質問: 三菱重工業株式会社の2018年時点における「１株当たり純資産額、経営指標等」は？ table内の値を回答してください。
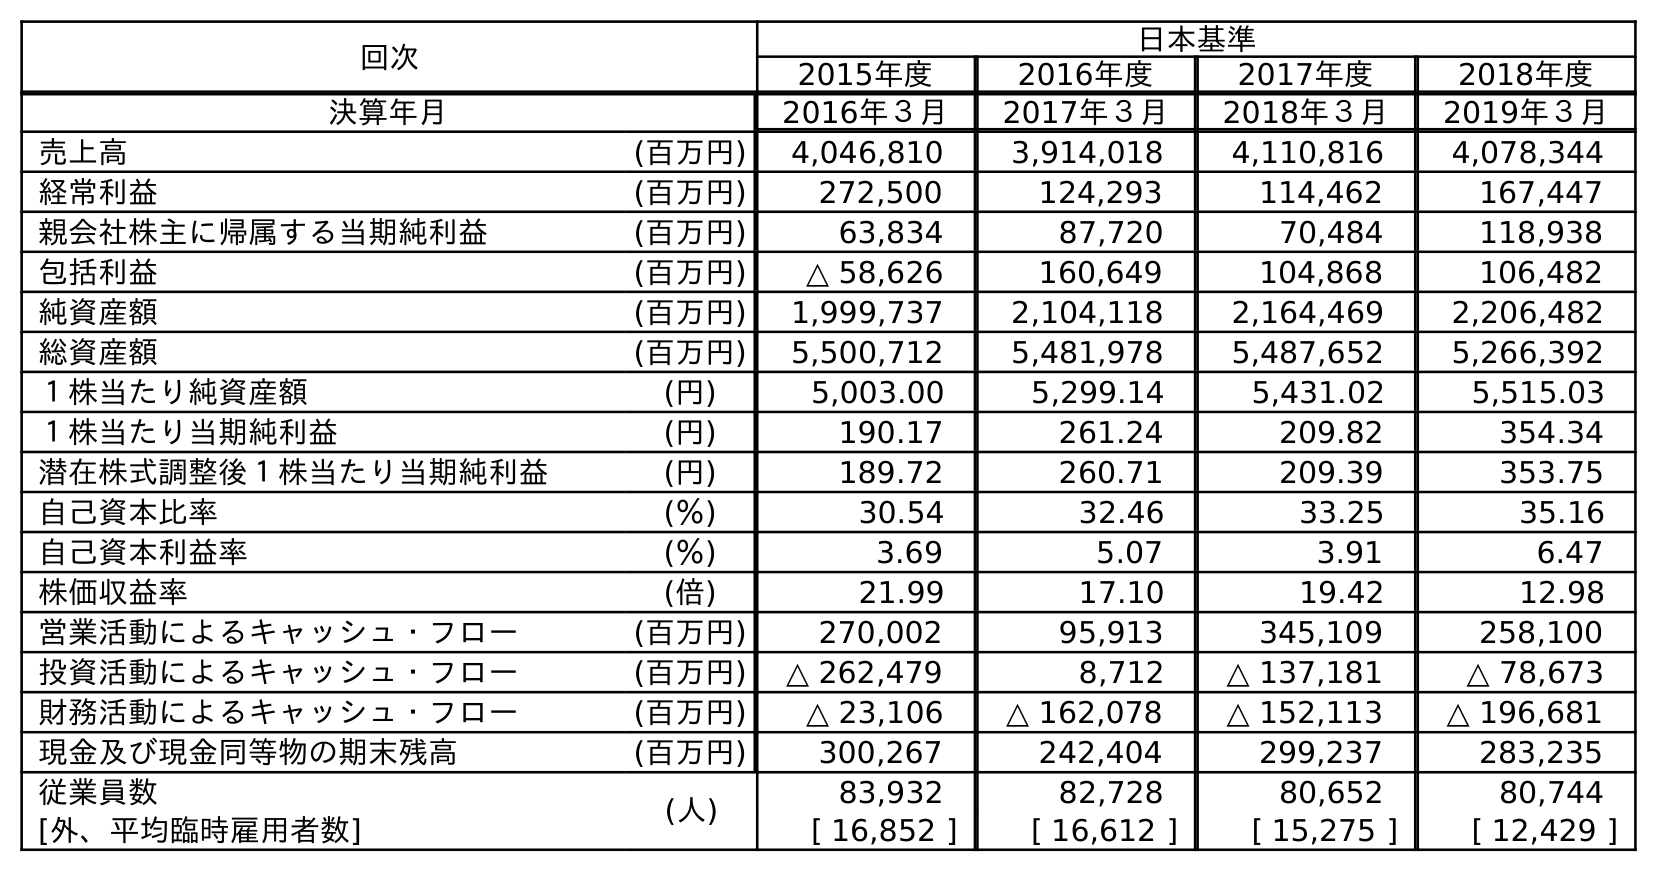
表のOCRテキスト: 回次 日本基準 2015年度 2016年度 2017年度 2018年度 決算年月 2016年３月 2017年３月 2018年３月 2019年３月 売上高 (百万円) 4,046,810 3,914,018 4,110,816 4,078,344 経常利益 (百万円) 272,500 124,293 114,462 167,447 親会社株主に帰属する当期純利益 (百万円) 63,834 87,720 70,484 118,938 包括利益 (百万円) △ 58,626 160,649 104,868 106,482 純資産額 (百万円) 1,999,737 2,104,118 2,164,469 2,206,482 総資産額 (百万円) 5,500,712 5,481,978 5,487,652 5,266,392 １株当たり純資産額 (円) 5,003.00 5,299.14 5,431.02 5,515.03 １株当たり当期純利益 (円) 190.17 261.24 209.82 354.34 潜在株式調整後１株当たり当期純利益 (円) 189.72 260.71 209.39 353.75 自己資本比率 (％) 30.54 32.46 33.25 35.16 自己資本利益率 (％) 3.69 5.07 3.91 6.47 株価収益率 (倍) 21.99 17.10 19.42 12.98 営業活動によるキャッシュ・フロー (百万円) 270,002 95,913 345,109 258,100 投資活動によるキャッシュ・フロー (百万円) △ 262,479 8,712 △ 137,181 △ 78,673 財務活動によるキャッシュ・フロー (百万円) △ 23,106 △ 162,078 △ 152,113 △ 196,681 現金及び現金同等物の期末残高 (百万円) 300,267 242,404 299,237 283,235 従業員数 (人) 83,932 82,728 80,652 80,744 [外、平均臨時雇用者数] [ 16,852 ] [ 16,612 ] [ 15,275 ] [ 12,429 ]
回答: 5,431.02